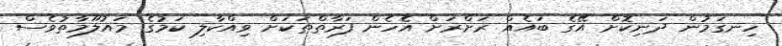
ހިނގަމުން ދަނިކޮށް އޭގެ ބައެއް ރަށްރަށް އެހެން ފަރާތްތަކަށް ވިއްކާލި ކަމުގެ މައުލޫމާތުވެސް